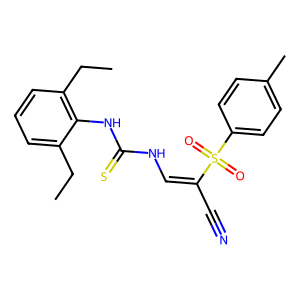
SMILES: CCc1cccc(CC)c1NC(=S)NC=C(C#N)S(=O)(=O)c1ccc(C)cc1
Inhibits HIV replication: No